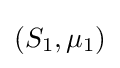
{\textstyle (S_{1},\mu _{1})}